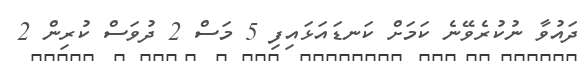
ދައުވާ ނުކުރެވޭނެ ކަމަށް ކަނޑައަޅައިފި 5 މަސް 2 ދުވަސް ކުރިން 2